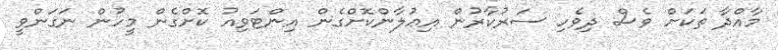
މާއްދާ ތަކަށް ވެސް ދިވެހި ސަރުކާރުން އިޢުލާންކޮށްގެން އިންޓަވިއު ކޮށްގެން މީހުން ނަގަންވީ